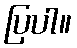
ပြပါ။